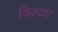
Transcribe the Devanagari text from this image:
विश्व्वा